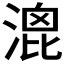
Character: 𣹮